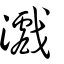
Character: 𤃪